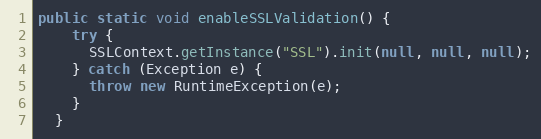
Language: Java
public static void enableSSLValidation() {
    try {
      SSLContext.getInstance("SSL").init(null, null, null);
    } catch (Exception e) {
      throw new RuntimeException(e);
    }
  }